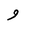
Letter: _waw